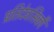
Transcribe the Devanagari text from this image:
प्रतिदेवसिकौ